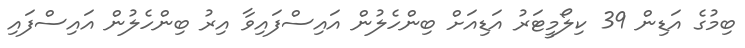
ބިމުގެ އަޑިން 39 ކިލޯމީޓަރު އަޑިއަށް ބިންހެލުން އައިސްފައިވާ އިރު ބިންހެލުން އައިސްފައި